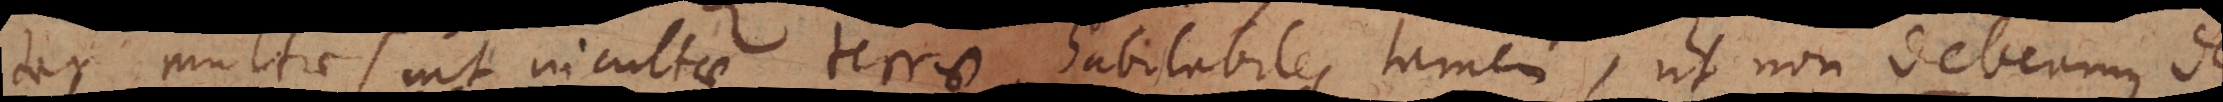
dum multae sint incultae terrae, habitabiles tamen, ut non debeamus de